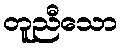
တူညီသော